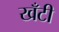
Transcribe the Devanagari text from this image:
खँटी